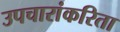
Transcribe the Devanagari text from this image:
उपचारांकरिता